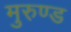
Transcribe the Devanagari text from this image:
मुरुण्ड